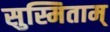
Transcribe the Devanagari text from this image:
सुस्मिताम्